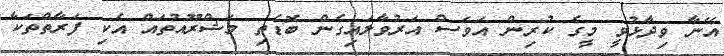
އޭނާ ވިދާޅުވީ މީގެ ކުރިން އަވަސް އަރުވާލައިގެން ބޮޑެތި މަޝްރޫއުތައް އެކި ފަރާތްތަކާ